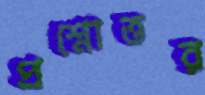
প্রশ্নোত্তর